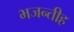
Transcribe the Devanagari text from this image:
भजन्तीह